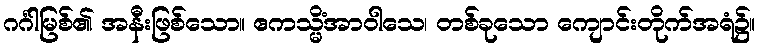
ဂင်္ဂါမြစ်၏ အနီးဖြစ်သော။ ဧကသ္မိံအာဝါသေ၊ တစ်ခုသော ကျောင်းတိုက်အရံ၌။